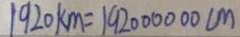
1 9 2 0 k m = 1 9 2 0 0 0 0 0 0 c m